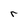
Character: r